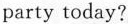
party today?